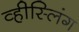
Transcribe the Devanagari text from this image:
व्हीस्लिंग